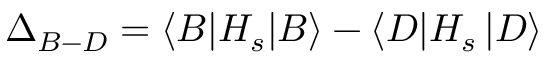
\Delta _ { B - D } = \langle B \vert H _ { s } \vert B \rangle - \langle D \vert H _ { s } \left\vert D \right\rangle